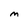
Character: m